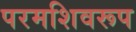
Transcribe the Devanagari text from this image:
परमशिवरूप